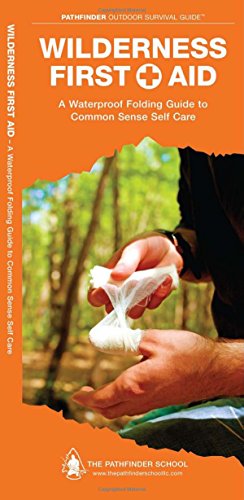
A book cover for Wilderness First Aid: A Waterproof Pocket Guide to Common Sense Self Care (Pathfinder Outdoor Survival Guide Series); Dave Canterbury; Health, Fitness & Dieting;